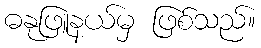
ဓနုဖြူနယ်မှ ဖြစ်သည်။